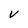
Character: v